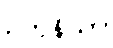
ဥတုနိယာ